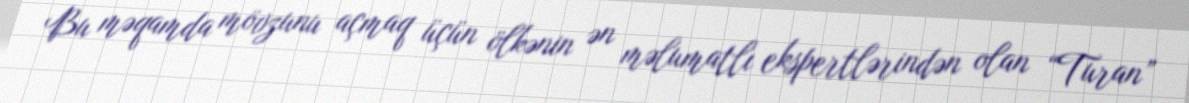
Bu məqamda mövzunu açmaq üçün ölkənin ən məlumatlı ekspertlərindən olan “Turan”